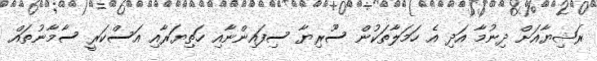
ރަޝިޔާއަށް ދިނުމާ އަދި އެ ހަމަލާތަކުން ސޫރިޔާ ސިފައިންނާއި ހަތިޔަރާއި އަސްކަރީ ސާމާނުތައް